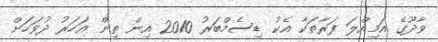
ވާދޫގެ އަމިއްލަ ފަރާތަކާ އެކު ޑިސެމްބަރު 2010 އިން ތިން އަހަރު ދުވަހަށް